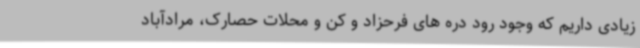
زیادی داریم که وجود رود دره های فرحزاد و کن و محلات حصارک، مرادآباد